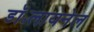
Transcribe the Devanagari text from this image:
डॉ॰लायनेल